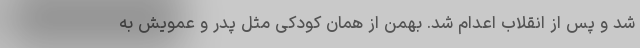
شد و پس از انقلاب اعدام شد. بهمن از همان کودکی مثل پدر و عمویش به